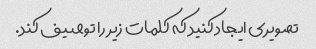
تصویری ایجاد کنید که کلمات زیر را توصیف کند.